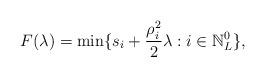
LaTeX: \begin{align*}F(\lambda)=\min\{s_i+\frac{\rho_i^2}{2}\lambda:i\in\mathbb{N}^0_L\},\end{align*}